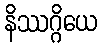
နိဿဂ္ဂိယေ